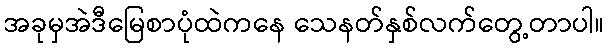
အခုမှအဲဒီမြေစာပုံထဲကနေ သေနတ်နှစ်လက်တွေ့တာပါ။